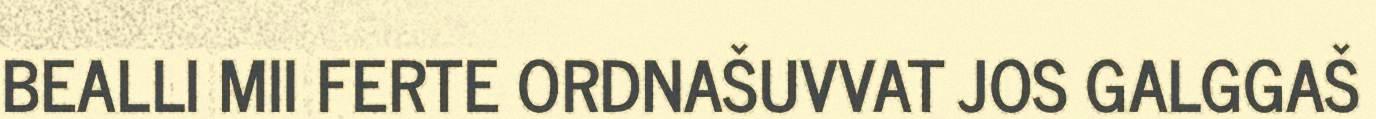
BEALLI MII FERTE ORDNAŠUVVAT JOS GALGGAŠ